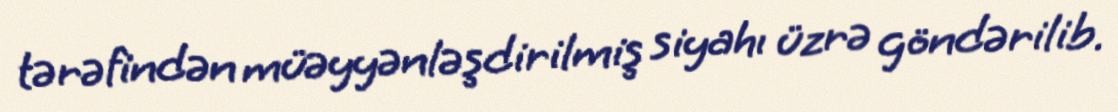
tərəfindən müəyyənləşdirilmiş siyahı üzrə göndərilib.